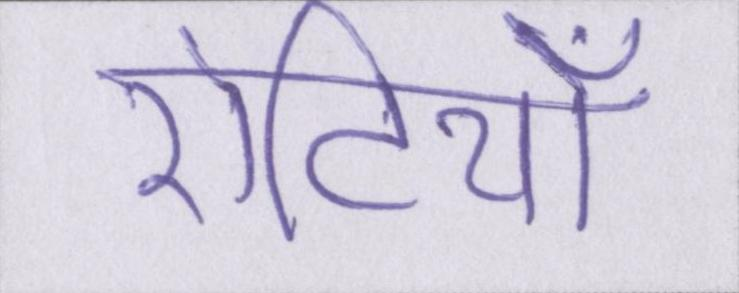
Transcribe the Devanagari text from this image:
रोटियाँ